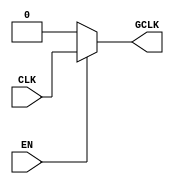
module StaticClockGating (
    input wire CLK,         // Primary clock signal
    input wire EN,          // Enable signal
    output wire GCLK        // Gated clock output
);

// Gating Logic
assign GCLK = EN ? CLK : 1'b0;

endmodule